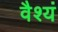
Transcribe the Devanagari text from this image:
वैश्यं